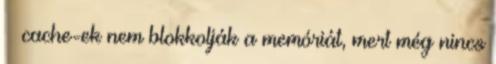
– cache-ek nem blokkolják a memóriát, mert még nincs